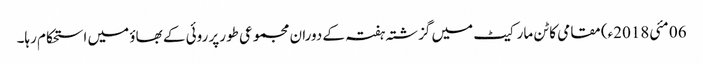
06 مئی2018ء) مقامی کاٹن مارکیٹ میں گزشتہ ہفتہ کے دوران مجموعی طورپر روئی کے بھاؤ میں استحکام رہا۔